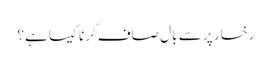
رخسار پر سے بال صاف کرنا کیسا ہے؟